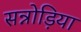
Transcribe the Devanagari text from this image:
सन्नोड़िया